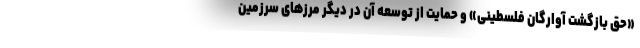
«حق بازگشت آوارگان فلسطینی» و حمایت از توسعه آن در دیگر مرزهای سرزمین